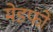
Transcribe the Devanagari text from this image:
मेडफो